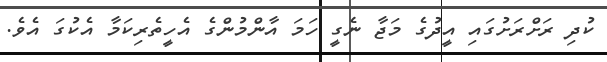
ކުދި ރަށްރަށުގައި އީދުގެ މަޖާ ނެގީ ހަމަ އާންމުންގެ އެހީތެރިކަމާ އެކުގަ އެވެ.